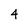
Character: 4